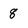
Character: 8